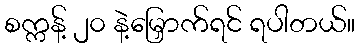
စက္ကန့် ၂၀ နဲ့မြှောက်ရင် ရပါတယ်။